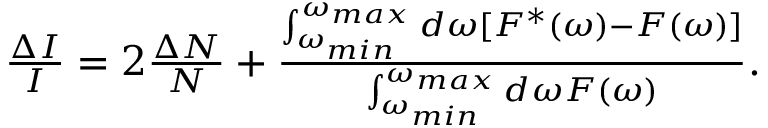
\begin{array} { r } { \frac { \Delta I } { I } = 2 \frac { \Delta N } { N } + \frac { \int _ { \omega _ { m i n } } ^ { \omega _ { m a x } } d \omega [ F ^ { * } ( \omega ) - F ( \omega ) ] } { \int _ { \omega _ { m i n } } ^ { \omega _ { m a x } } d \omega F ( \omega ) } . } \end{array}